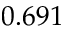
0 . 6 9 1